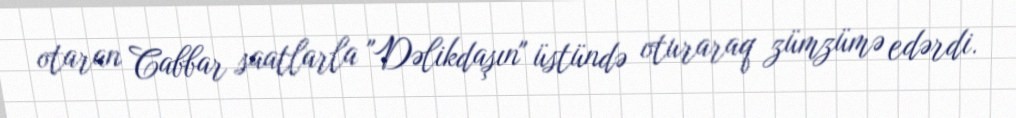
otaran Cabbar saatlarla "Dəlikdaşın" üstündə oturaraq zümzümə edərdi.